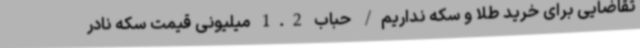
تقاضایی برای خرید طلا و سکه نداریم/ حباب 1.2 میلیونی قیمت سکه نادر